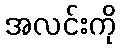
အလင်းကို